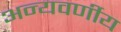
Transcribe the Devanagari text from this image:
अन्यवर्णीय